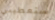
ستعطيني